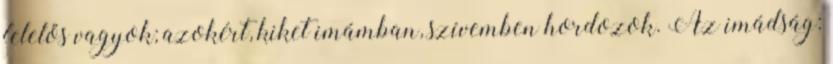
felelős vagyok; azokért, kiket imámban, szívemben hordozok. Az imádság: